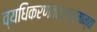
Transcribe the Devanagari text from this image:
व्यधिकरणतस्तत्पुमान्वा